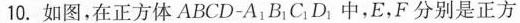
10.如图，在正方体ABCD-A_{1}B_{1}C_{1}D_{1}中，E，F分别是正方